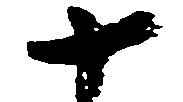
十